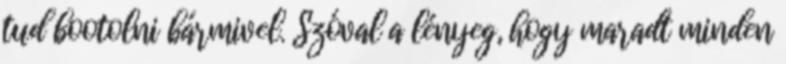
tud bootolni bármivel. Szóval a lényeg, hogy maradt minden